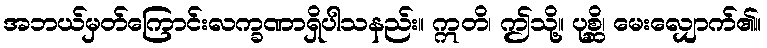
အဘယ်မှတ်ကြောင်းလက္ခဏာရှိပါသနည်း။ ဣတိ၊ ဤသို့။ ပုစ္ဆိ၊ မေးလျှောက်၏။